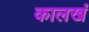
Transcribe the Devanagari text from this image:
कालखं